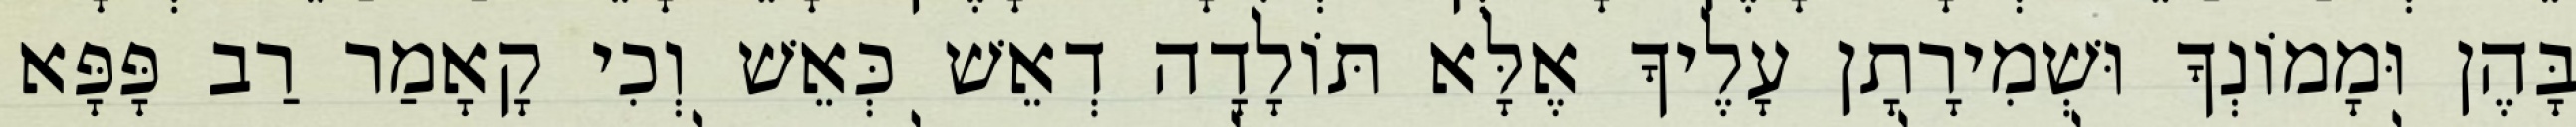
בָּהֶן וּמָמוֹנְךָ וּשְׁמִירָתָן עָלֶיךָ אֶלָּא תּוֹלָדָה דְאֵשׁ כְּאֵשׁ וְכִי קָאָמַר רַב פָּפָּא